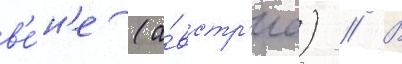
в'е́н'е (а́встр'иа) // В